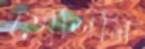
তোশিমি